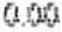
0.00